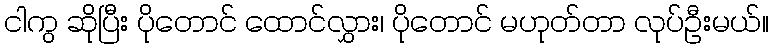
ငါကွ ဆိုပြီး ပိုတောင် ထောင်လွှား၊ ပိုတောင် မဟုတ်တာ လုပ်ဦးမယ်။